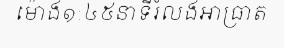
ម៉ោង១:៤៥នាទីរំលងអាធ្រាត